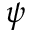
\psi